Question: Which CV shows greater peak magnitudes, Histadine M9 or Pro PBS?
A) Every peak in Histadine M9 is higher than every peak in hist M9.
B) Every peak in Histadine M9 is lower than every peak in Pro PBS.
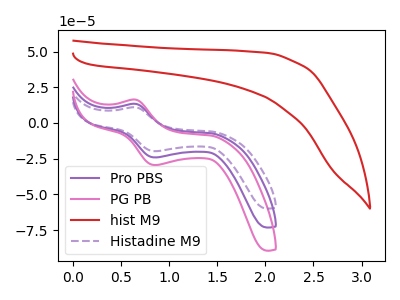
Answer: <think>The purple curve "Pro PBS" has an anodic peak at (0.65V, 13.40uA) and a cathodic peak at (0.85V, -24.10uA). The pink curve "PG PB" has an anodic peak at (0.65V, 26.80uA) and a cathodic peak at (0.85V, -48.25uA). The red curve "hist M9" has no peaks. The purple dashed curve "Histadine M9" has an anodic peak at (0.65V, 11.00uA) and a cathodic peak at (0.85V, -19.75uA).</think>
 <answer>B) Every peak in "Histadine M9" is lower than every peak in "Pro PBS".</answer>
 <eval>B</eval>